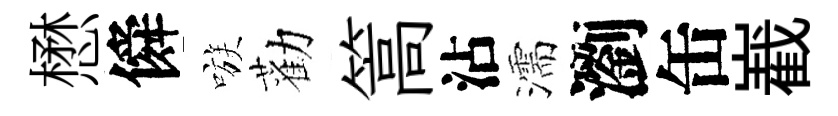
懋僢嗾勸篙沾濡瀏缶嶻